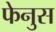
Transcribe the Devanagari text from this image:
फेनुस